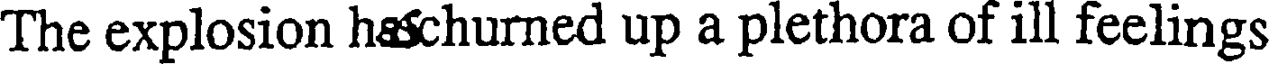
The explosion haschurned up a plethora of ill feelings